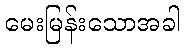
မေးမြန်းသောအခါ